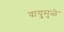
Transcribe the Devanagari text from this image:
वायुमुळे